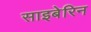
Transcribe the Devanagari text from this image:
साइबेरिन